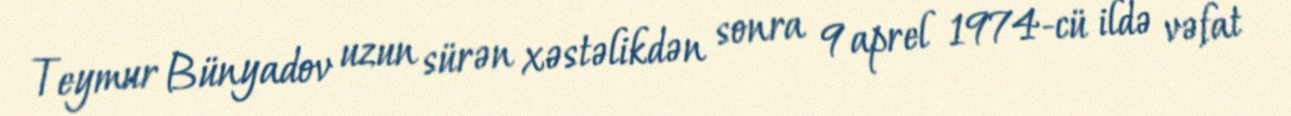
Teymur Bünyadov uzun sürən xəstəlikdən sonra 9 aprel 1974-cü ildə vəfat